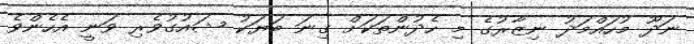
ނަދޫ މުހައްމަދު ނިޒާރުގެ މި ހެދުންތަކަށް ގިނަ ބަޔަކު ޝައުގުވެރި ވަނީ އެހެންވެ